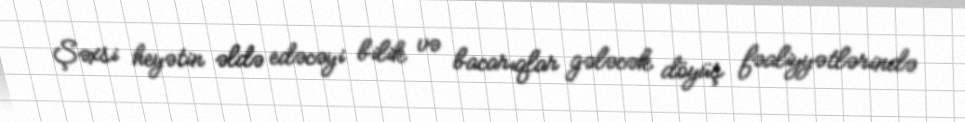
Şəxsi heyətin əldə edəcəyi bilik və bacarıqlar gələcək döyüş fəaliyyətlərində